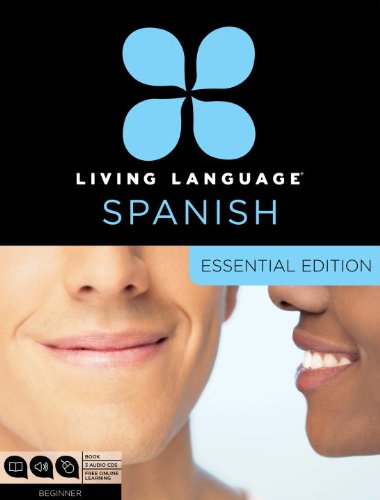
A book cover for Living Language Spanish, Essential Edition: Beginner course, including coursebook, 3 audio CDs, and free online learning; Living Language; Education & Teaching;